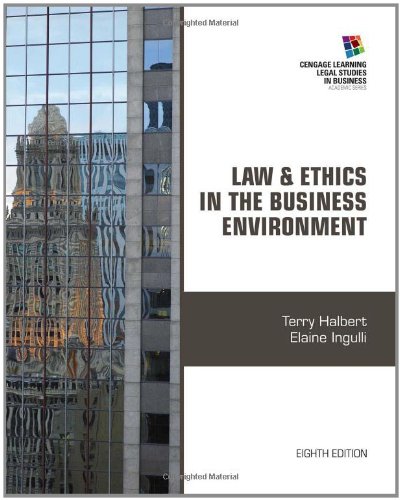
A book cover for Law and Ethics in the Business Environment (Cengage Learning Legal Studies in Business); Terry Halbert; Business & Money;